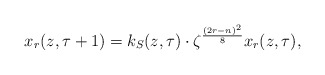
\begin{align*}x_r(z,\tau+1)=k_{S}(z,\tau) \cdot \zeta^{\frac{(2r-n)^2}{8}}x_r(z,\tau),\end{align*}